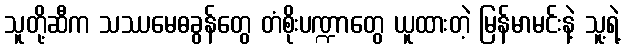
သူတို့ဆီက သဿမေဓခွန်တွေ တံစိုးပဏ္ဍာတွေ ယူထားတဲ့ မြန်မာမင်းနဲ့ သူ့ရဲ့